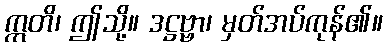
ဣတိ၊ ဤသို့။ ဒဋ္ဌဗ္ဗာ၊ မှတ်အပ်ကုန်၏။